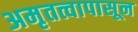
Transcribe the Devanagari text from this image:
अमृतत्वापासून